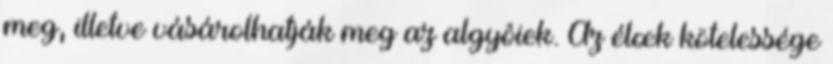
meg, illetve vásárolhatják meg az algyôiek. Az élœk kötelessége